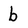
Character: b